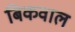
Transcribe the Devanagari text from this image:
बिकवाल